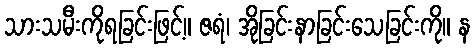
သားသမီးကိုရခြင်းဖြင့်။ ဇရံ၊ အိုခြင်းနာခြင်းသေခြင်းကို။ န